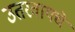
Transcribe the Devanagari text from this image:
उतरवायचे